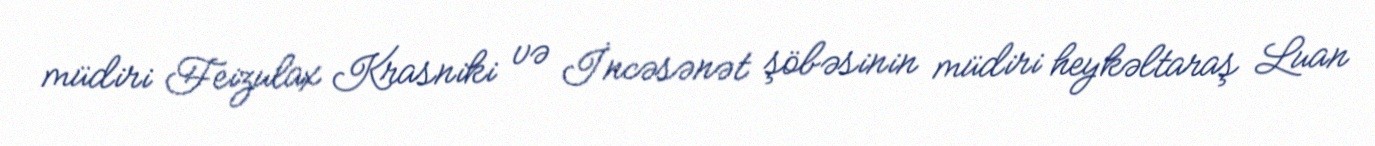
müdiri Feizulax Krasniki və İncəsənət şöbəsinin müdiri heykəltaraş Luan